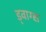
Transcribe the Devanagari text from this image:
ड्वाग्स